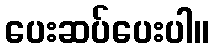
ပေးဆပ်ပေးပါ။